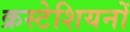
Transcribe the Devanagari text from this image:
क्रस्टेशियनों